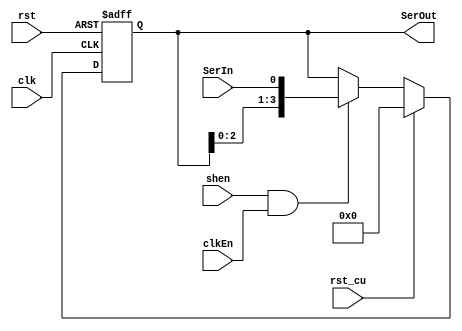
`timescale 1ns/1ns

module ShiftReg4(
		SerIn, shen, clk, rst, clkEn, rst_cu,
		SerOut
	);

	input SerIn, shen, clk, rst, clkEn, rst_cu;
	output [3:0] SerOut;

	reg [3:0] SerOut = 4'b0000;

	always @(posedge clk, posedge rst) begin
		if (rst)
			SerOut <= 4'b0000;
		else begin
			if (rst_cu)
				SerOut <= 4'b0000;
			else begin
				if (shen & clkEn)
					SerOut <= {SerOut[2:0], SerIn};
				else
					SerOut <= SerOut;
			end
		end
	end

endmodule